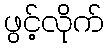
ဖွင့်လိုက်